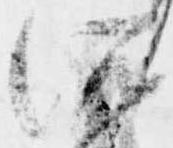
所